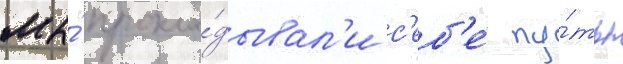
мы́ прокла́дывал'и с'еб'е́ пу́ть